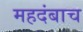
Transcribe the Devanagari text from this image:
महदंबाच